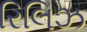
રિલિઝ